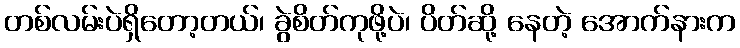
တစ်လမ်းပဲရှိတော့တယ်၊ ခွဲစိတ်ကုဖို့ပဲ၊ ပိတ်ဆို့ နေတဲ့ အောက်နားက